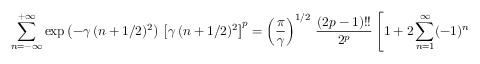
\sum _ { n = - \infty } ^ { + \infty } \exp \left( - \gamma \, ( n + 1 / 2 ) ^ { 2 } \right) \, \left[ \gamma \, ( n + 1 / 2 ) ^ { 2 } \right] ^ { p } = \left( { \frac { \pi } { \gamma } } \right) ^ { 1 / 2 } \, { \frac { ( 2 p - 1 ) ! ! } { 2 ^ { p } } } \left[ 1 + 2 \sum _ { n = 1 } ^ { \infty } ( - 1 ) ^ { n } \, \exp ( - \pi ^ { 2 } n ^ { 2 } / \gamma ) \sum _ { l = 0 } ^ { p } \left( { \frac { - \pi ^ { 2 } n ^ { 2 } } { \gamma } } \right) ^ { l } C _ { l } ^ { p } \right]